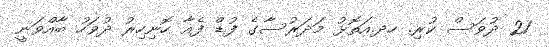
21 ދުވަސް ކުރި. ހދ.އަތޮޅު މަދަރުސާގެ ފުޑް ފެއާ ހޮނިހިރު ދުވަހު ބާއްވަނީ